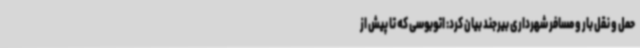
حمل و نقل بار و مسافر شهرداری بیرجند بیان کرد: اتوبوسی که تا پیش از